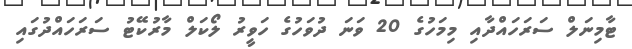
ޓާމިނަލް ސަރަހައްދާއި މިމަހުގެ 20 ވަނަ ދުވަހުގެ ހަވީރު ލޯކަލް މާރުކޭޓު ސަރަހައްދުގައި